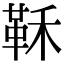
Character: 鞂